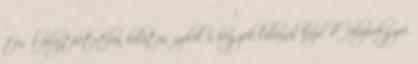
térről felejthetetlen kilátás nyílik a hegyek lábánál kezdődő folyóvölgyre,